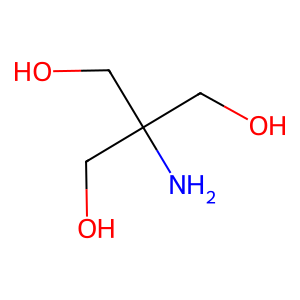
SMILES: NC(CO)(CO)CO
Inhibits HIV replication: No